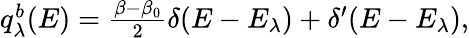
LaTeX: \begin{array}{r}{q_{\lambda}^{b}(E)=\frac{\beta-\beta_{0}}{2}\delta(E-E_{\lambda})+\delta^{\prime}(E-E_{\lambda}),}\end{array}